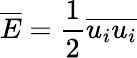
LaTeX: {\overline{{E}}}={\frac{1}{2}}{\overline{{u_{i}u_{i}}}}